Vaccination Hyderabad 1890-1903 - 1890-1903
Year: 1890
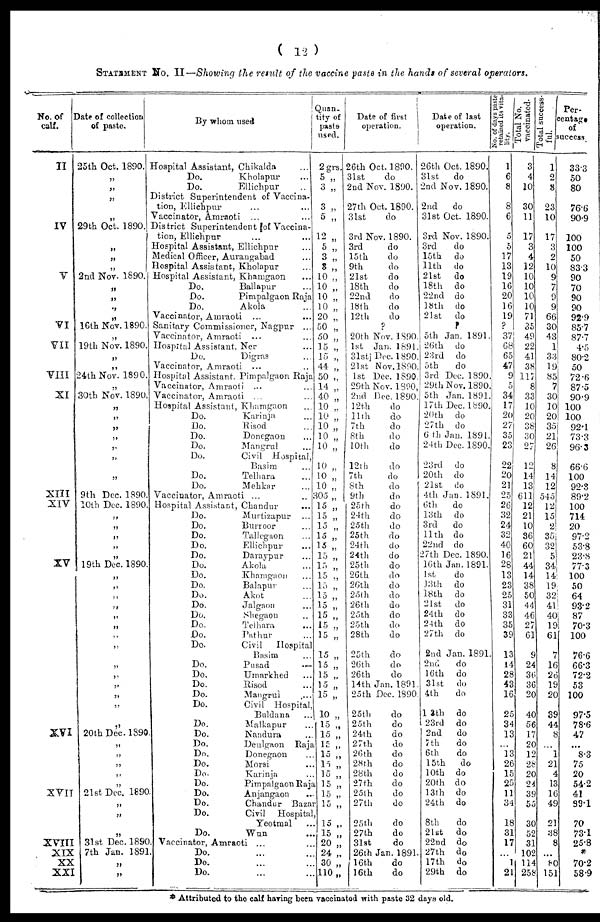
( 12 )
STATEMENT No. II—Showing the result of the vaccine paste in the hands of several operators.
No. of
calf.
II
IV
V
VI
VII
VIII
XI
XIII
XIV
XV
XVI
XVII
XVIII
XIX
XX
XXI
Date of collection
of paste.
25th Oct. 1890.
„
„
„
„
29th Oct. 1890.
„
„
„
2nd Nov. 1890.
„
„
„
„
16th Nov. 1890.
„
19th Nov. 1890.
„
„
24th Nov. 1890.
„
30th Nov. 1890.
„
„
„
„
„
„
„
„
9th Dec. 1890.
10th Dec. 1890.
„
„
„
„
„
19th Dec. 1890.
„
„
„
„
„
„
„
„
„
„
„
„
„
„
20th Dec. 1890.
„
„
„
„
„
21st Dec. 1890.
„
„
„
31st Dec. 1890.
7th Jan. 1891.
„
„
By whom used
Hospital Assistant, Chikalda ...
Do.
Kholapur ...
Do.
Ellichpur ...
District Superintendent of Vaccina-
tion, Ellichpur ... ...
Vaccinator, Amraoti ... ...
District Superintendent of Vaccina-
tion, Ellichpur ... ...
Hospital Assistant, Ellichpur ...
Medical Officer, Aurangabad ...
Hospital Assistant, Kholapur ...
Hospital Assistant, Khamgaon ...
Do.
Ballapur ...
Do.
Pimpalgaon Raja
Do.
Akola
Vaccinator, Amraoti ... ...
Sanitary Commissioner, Nagpur ...
Vaccinator, Amraoti ... ...
Hospital Assistant, Ner ...
Do.
Digras ...
Vaccinator, Amraoti ... ...
Hospital Assistant. Pimpalgaon Raja
Vaccinator, Amraoti ... ...
Vaccinator, Amraoti ... ...
Hospital Assistant, Khamgaon ...
Do.
Karinja ...
Do.
Risod ...
Do.
Donegaon ...
Do.
Mangrul ...
Do.
Civil Hospital,
Basim ...
Do.
Telhara ...
Do.
Mehkar ...
Vaccinator, Amraoti ...
...
Hospital Assistant, Chandur ...
Do.
Murtizapur ...
Do.
Burroor ...
Do.
Tallegaon ...
Do.
Ellichpur ...
Do.
Daraypur ...
Do.
Akola ...
Do.
Khamgaon ...
Do.
Balapur ...
Do.
Akot ...
Do.
Jalgaon ...
Do.
Shegaon ...
Do.
Telhara ...
Do.
Pathur ...
Do.
Civil
Hospital
Basim ...
Do.
Pusad
...
Do.
Umarkhed ...
Do.
Risod ...
Do.
Mangrul ...
Do.
Civil Hospital,
Buldana
...
Do.
Malkapur ...
Do.
Nandura ...
Do.
Deulgaon Raja
Do.
Donegaon ...
Do.
Morsi ...
Do.
Karinja ...
Do.
Pimpalgaon Raja
Do.
Anjangaon ...
Do.
Chandur Bazar ...
Do.
Civil Hospital
Yeotmal ...
Do.
Wun ...
Vaccinator, Amraoti ... ...
Do. ... ...
Do. ... ...
Do. ... ...
Quan-
tity of
paste
used.
2grs.
5 „
3 „
3 „
5 „
12 „
5 „
3 „
3 „
10 „
10 „
10 „
10 „
20 „
50 „
50 „
15 „
15 „
44 „
50 „
14 „
40 „
10 „
10 „
10 „
10 „
10 „
10 „
10 „
10 „
305 „
15 „
15 „
15 „
15 „
15 „
15 „
15 „
15 „
15 „
15 „
15 „
15 „
15 „
15 „
15 „
15 „
15 „
15 „
15 „
10 „
15 „
15 „
15
„
15 „
15 „
15 „
15 „
15 „
15 „
15 „
15 „
20 „
24 „
30 „
110 „
Date of first
operation.
26th Oct. 1890.
31st
do
2nd Nov. 1890.
27th Oct. 1890.
31st
do
3rd Nov. 1890.
3rd
do
15th
do
9th
do
21st
do
18th
do
22nd
do
18th
do
12th
do
?
20th Nov. 1890.
1st Jan. 1891.
31st Dec. 1890.
21st Nov. 1890.
1st Dec. 1890.
29th Nov. 1890,
2nd Dec. 1890.
12th
do
11th
do
7th
do
8th
do
10th
do
12th
do
7th
do
8th
do
9th
do
25th
do
24th
do
25th
do
25th
do
24th
do
24th
do
25th
do
26th
do
26th
do
25th
do
26th
do
25th
do
25th
do
28th
do
25th
do
26th
do
26th
do
14th Jan. 1891.
25th Dec. 1890.
25th
do
25th
do
24th
do
27th
do
26th
do
28th
do
28th
do
27th
do
25th
do
27th
do
25th
do
27th
do
31st
do
26th Jan. 1891.
16th
do
16th
do
Date of last
operation.
26th Oct. 1890.
31st
do
2nd Nov. 1890.
2nd
do
31st Oct. 1890.
3rd Nov. 1890.
3rd
do
15th do
11th do
21st
do
18th do
22nd do
18th do
21st
do
?
5th Jan. 1891.
26th do
23rd do
5th
do
3rd Dec. 1890.
29th Nov. 1890.
5th Jan. 1891.
17th Dec. 1890.
20th do
27th do
6 th Jan. 1891.
24th Dec. 1890.
23rd do
20th do
21st do
4th Jan. 1891.
6th
do
13th do
3rd
do
11th do
22nd do
27th Dec. 1890.
16th Jan. 1891.
1st
do
13th do
18th do
21st
do
24th do
24th do
27th do
2nd Jan. 1891.
2nd
do
16th do
31st
do
4th
do
13th
do
23rd do
2nd
do
7th
do
6th
do
15th
do
10th do
20th do
13th do
24th do
8th
do
21st
do
22nd do
27th do
17th do
29th do
No. of days paste
retained its vita-
lity.
1
6
8
8
6
5
5
17
13
19
16
20
16
19
?
37
68
65
47
9
5
34
17
20
27
35
23
22
20
21
25
26
32
24
32
40
16
28
13
23
25
31
33
35
39
13
14
28
43
16
25
34
13
...
13
26
15
25
11
34
18
31
17
...
1
21
Total No.
vaccinated.
3
4
10
30
11
17
3
4
12
10
10
10
10
71
35
49
22
41
38
117
8
33
10
20
38
30
27
12
14
13
611
12
21
10
36
60
21
44
14
38
50
44
46
27
61
9
24
36
36
20
40
56
17
20
12
28
20
24
39
55
30
52
31
102
114
258
Total success-
ful.
1
2
8
23
10
17
3
2
10
9
7
9
9
66
30
43
1
33
19
85
7
30
10
20
35
21
26
8
14
12
545
12
15
2
35
32
5
34
14
19
32
41
40
19
61
7
16
26
19
20
39
44
8
...
1
21
4
13
16
49
21
38
8
...
80
151
Per-
centage
of
success.
33.3
50
80
76.6
90.9
100
100
50
83.3
90
70
90
90
92.9
85.7
87.7
4.5
80.2
50
72.6
87.5
90.9
100
100
92.1
73.3
96.3
66.6
100
92.3
89.2
100
714
20
97.2
53.8
23.8
77.3
100
50
64
93.2
87
70.3
100
76.6
66.3
72.2
53
100
97.5
78.6
47
...
8.3
75
20
54.2
41
89.1
70
73.1
25.8
*
70.2
58.9
* Attributed to the calf having been vaccinated with paste 32 days old.